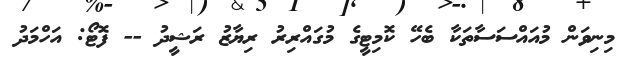
މިނިވަން މުއައްސަސާތަކާާ ބެހޭ ކޮމިޓީގެ މުގައްރިރު ރިޔާޒު ރަޝީދު -- ފޮޓޯ: އަހްމަދު